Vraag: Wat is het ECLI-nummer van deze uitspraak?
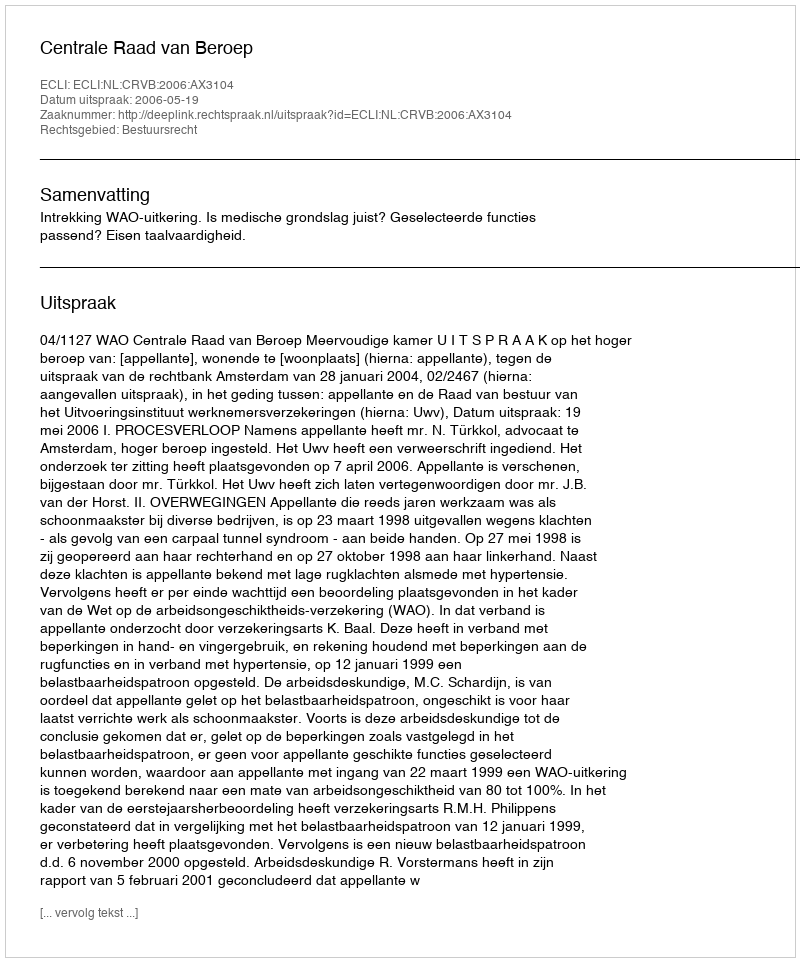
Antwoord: ECLI:NL:CRVB:2006:AX3104